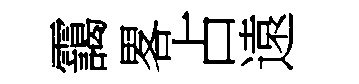
靄畧占遠